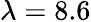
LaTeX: \lambda=8.6